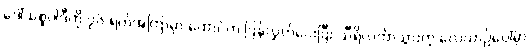
ဒေါ်သစ္စဝါဒီကို ၇၆ ရက်အကြာမှာ ထောင်က ပြန်လွှတ်ပေးပြီး သီရိလင်္ကာသွားတဲ့ လေယာဉ်ပေါ်မှာ